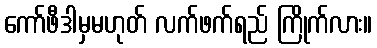
ကော်ဖီဒါမှမဟုတ် လက်ဖက်ရည် ကြိုက်လား။